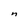
Character: n